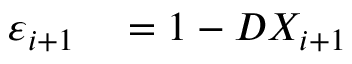
\begin{array} { r l } { \varepsilon _ { i + 1 } } & { { } = 1 - D X _ { i + 1 } } \end{array}